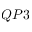
Q P 3